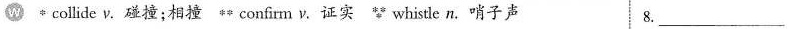
w collide ν. 碰撞;相撞 confirm v. 证实 whistle n. 哨子声 8.___